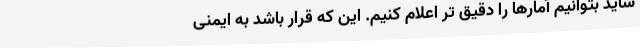
شاید بتوانیم آمارها را دقیق تر اعلام کنیم. این که قرار باشد به ایمنی